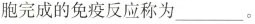
胞完成的免疫反应称为___。